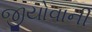
જીયોવાની